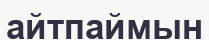
айтпаймын